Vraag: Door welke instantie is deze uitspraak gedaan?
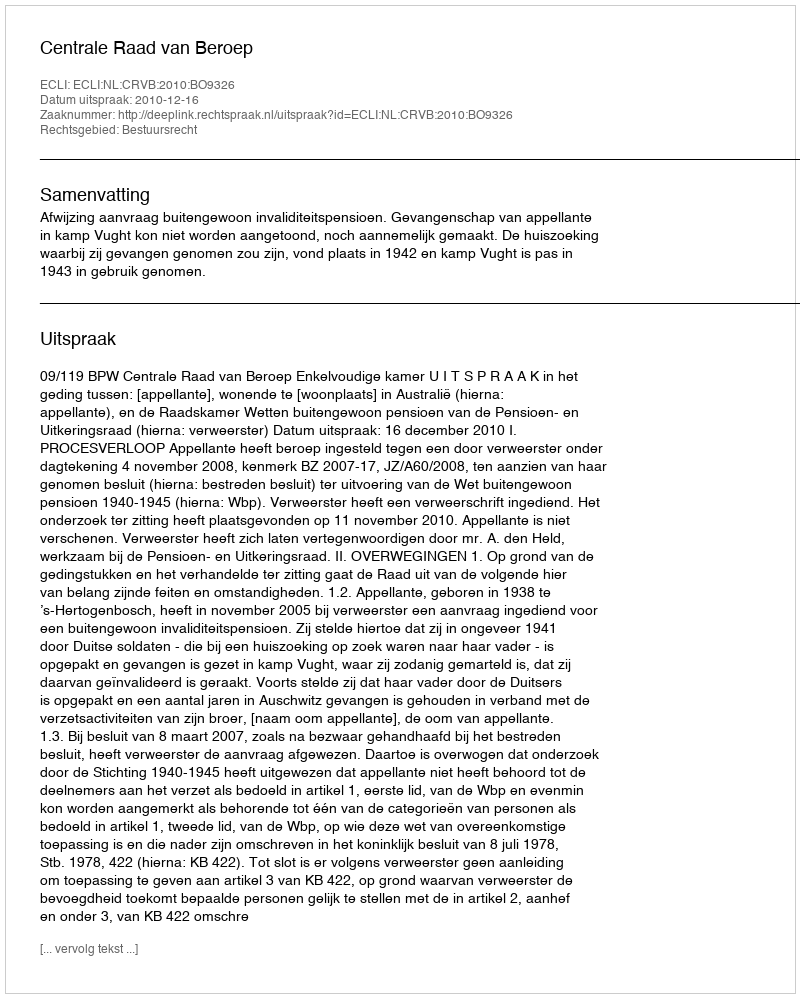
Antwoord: Centrale Raad van Beroep